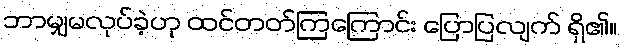
ဘာမျှမလုပ်ခဲ့ဟု ထင်တတ်ကြကြောင်း ပြောပြလျက် ရှိ၏။